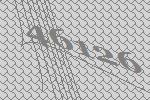
46126